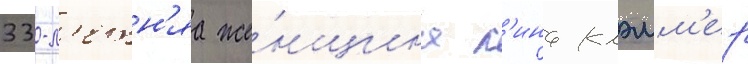
33-л'етн'яа же́нщина л'ина клэмм'ер